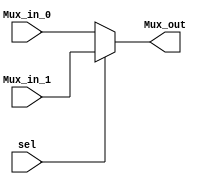
module Bits32_Mux(
    //output
    output [31:0]Mux_out,
    //input
    input [31:0]Mux_in_0,
    input [31:0]Mux_in_1,
    input sel
);

assign Mux_out = (sel)? Mux_in_1: Mux_in_0;
endmodule